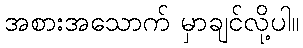
အစားအသောက် မှာချင်လို့ပါ။